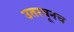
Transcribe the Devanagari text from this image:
उतरवूनच